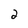
Character: 2